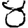
Digit: 8